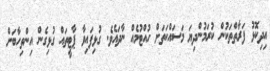
އިދިކޮޅު ފަރާތްތަކުން ކުރަމުންދިޔަ މަސައްކަތަށް ހުއްޓުމެއް ނާދައެވެ. ގުޅިފައިވާ ޕާޓީތައް ގުޅިގެން އިންތިހާބަށް